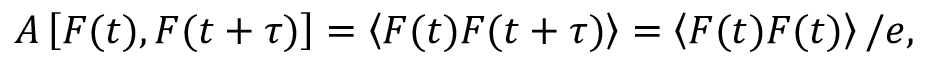
A \left[ F ( t ) , F ( t + \tau ) \right] = \left< F ( t ) F ( t + \tau ) \right> = \left< F ( t ) F ( t ) \right> / e ,